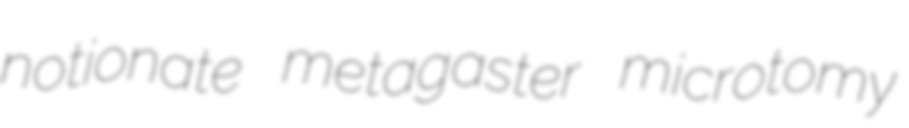
notionate metagaster microtomy